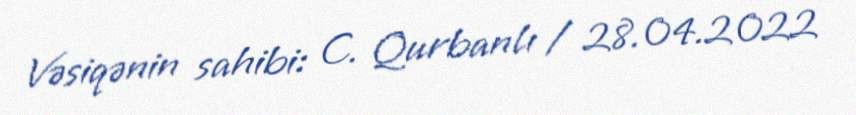
Vəsiqənin sahibi: C. Qurbanlı / 28.04.2022